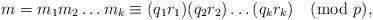
LaTeX: \begin{align*}m=m_1m_2\dots m_k\equiv (q_1r_1)(q_2r_2)\dots(q_kr_k)\pmod p,\end{align*}